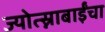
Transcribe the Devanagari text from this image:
ज्योत्स्नाबाईंचा